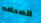
الصحافه